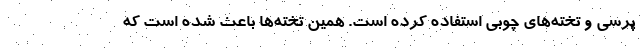
پرسی و تخته‌های چوبی استفاده کرده است. همین تخته‌ها باعث شده است که